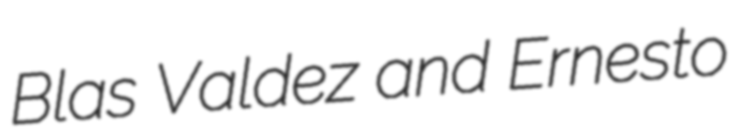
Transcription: Blas Valdez and Ernesto